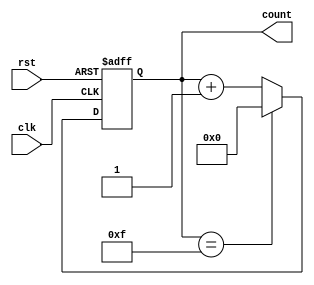
module binary_counter(
    input clk,
    input rst,
    output reg [3:0] count
);

always @(posedge clk or posedge rst) begin
    if (rst) begin
        count <= 4'b0;
    end else begin
        if (count == 4'b1111) begin
            count <= 4'b0;
        end else begin
            count <= count + 1;
        end
    end
end

endmodule